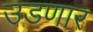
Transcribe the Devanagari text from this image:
उडणार